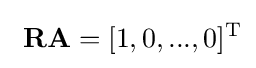
\ \mathbf {RA} =[1,0,...,0]^{\mathrm {T} }